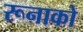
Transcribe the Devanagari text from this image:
रूनाको